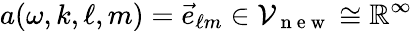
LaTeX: a(\omega,k,\ell,m)=\vec{e}_{\ell m}\in\mathcal{V}_{\mathrm{~n~e~w~}}\cong\mathbb{R}^{\infty}